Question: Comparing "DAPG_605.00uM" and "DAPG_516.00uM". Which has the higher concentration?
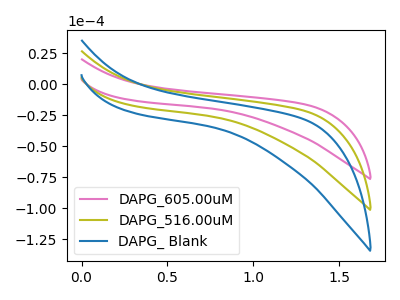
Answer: <think>The pink curve "DAPG_605.00uM" has no peaks. The olive curve "DAPG_516.00uM" has no peaks. The blue curve "DAPG_ Blank" has no peaks.
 Neither "DAPG_605.00uM" or "DAPG_516.00uM" have any peaks.</think>
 <answer>I cant tell if "DAPG_605.00uM" or "DAPG_516.00uM" has higher concentration.</answer>
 <eval>mixed_concentration</eval>